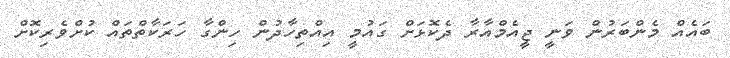
ބައެއް މެންބަރުން ވަނީ ޖީއެމްއާރާ ދެކޮޅަށް ގައުމީ އިއްތިހާދުން ހިންގާ ހަރަކާތްތައް ކުށްވެރިކޮށް